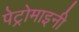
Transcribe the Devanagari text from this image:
पेट्रोमाइनी